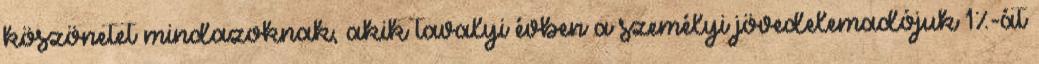
köszönetet mindazoknak, akik tavalyi évben a személyi jövedelemadójuk 1%-át